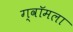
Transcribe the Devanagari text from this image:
ग्वॉमला